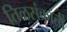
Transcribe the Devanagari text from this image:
तिळसंक्रांती